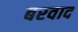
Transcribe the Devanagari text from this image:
बरवाद